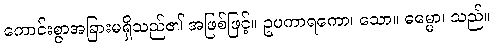
ကောင်းစွာအခြားမရှိသည်၏ အဖြစ်ဖြင့်။ ဥပကာရကော၊ သော။ ဓမ္မော၊ သည်။